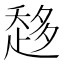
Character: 𧻬